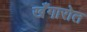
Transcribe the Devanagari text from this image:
खँगारोत